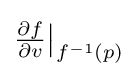
\textstyle {\frac {\partial f}{\partial v}}{\big |}_{f^{-1}(p)}